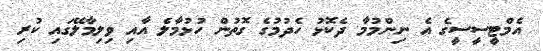
އެމްޓީސީސީގެ އެ ނިންމުމާ ދެކޮޅު ހެދުމުގެ ގޮތުން ހުޅުމާލެ އާއި ވިލިމާލޭގައި ކުރި